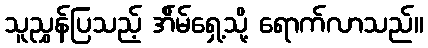
သူညွှန်ပြသည့် အ်ိမ်ရှေ့သို့ ရောက်လာသည်။